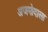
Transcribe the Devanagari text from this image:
अजमोदाला